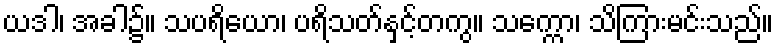
ယဒါ၊ အခါ၌။ သပရိယော၊ ပရိသတ်နှင့်တကွ။ သက္ကော၊ သိကြားမင်းသည်။